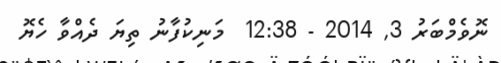
ނޮވެމްބަރު 3